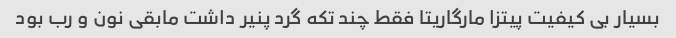
بسیار بی کیفیت پیتزا مارگاریتا فقط چند تکه گرد پنیر داشت مابقی نون و رب بود